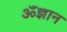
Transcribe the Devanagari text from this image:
ॐज्ञान